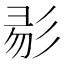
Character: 𢒓